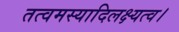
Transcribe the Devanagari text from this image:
तत्वमस्यादिलक्ष्यत्व।